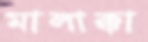
মালাক্কা